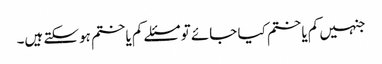
جنہیں کم یا ختم کیا جائے تو مسئلے کم یا ختم ہوسکتے ہیں۔